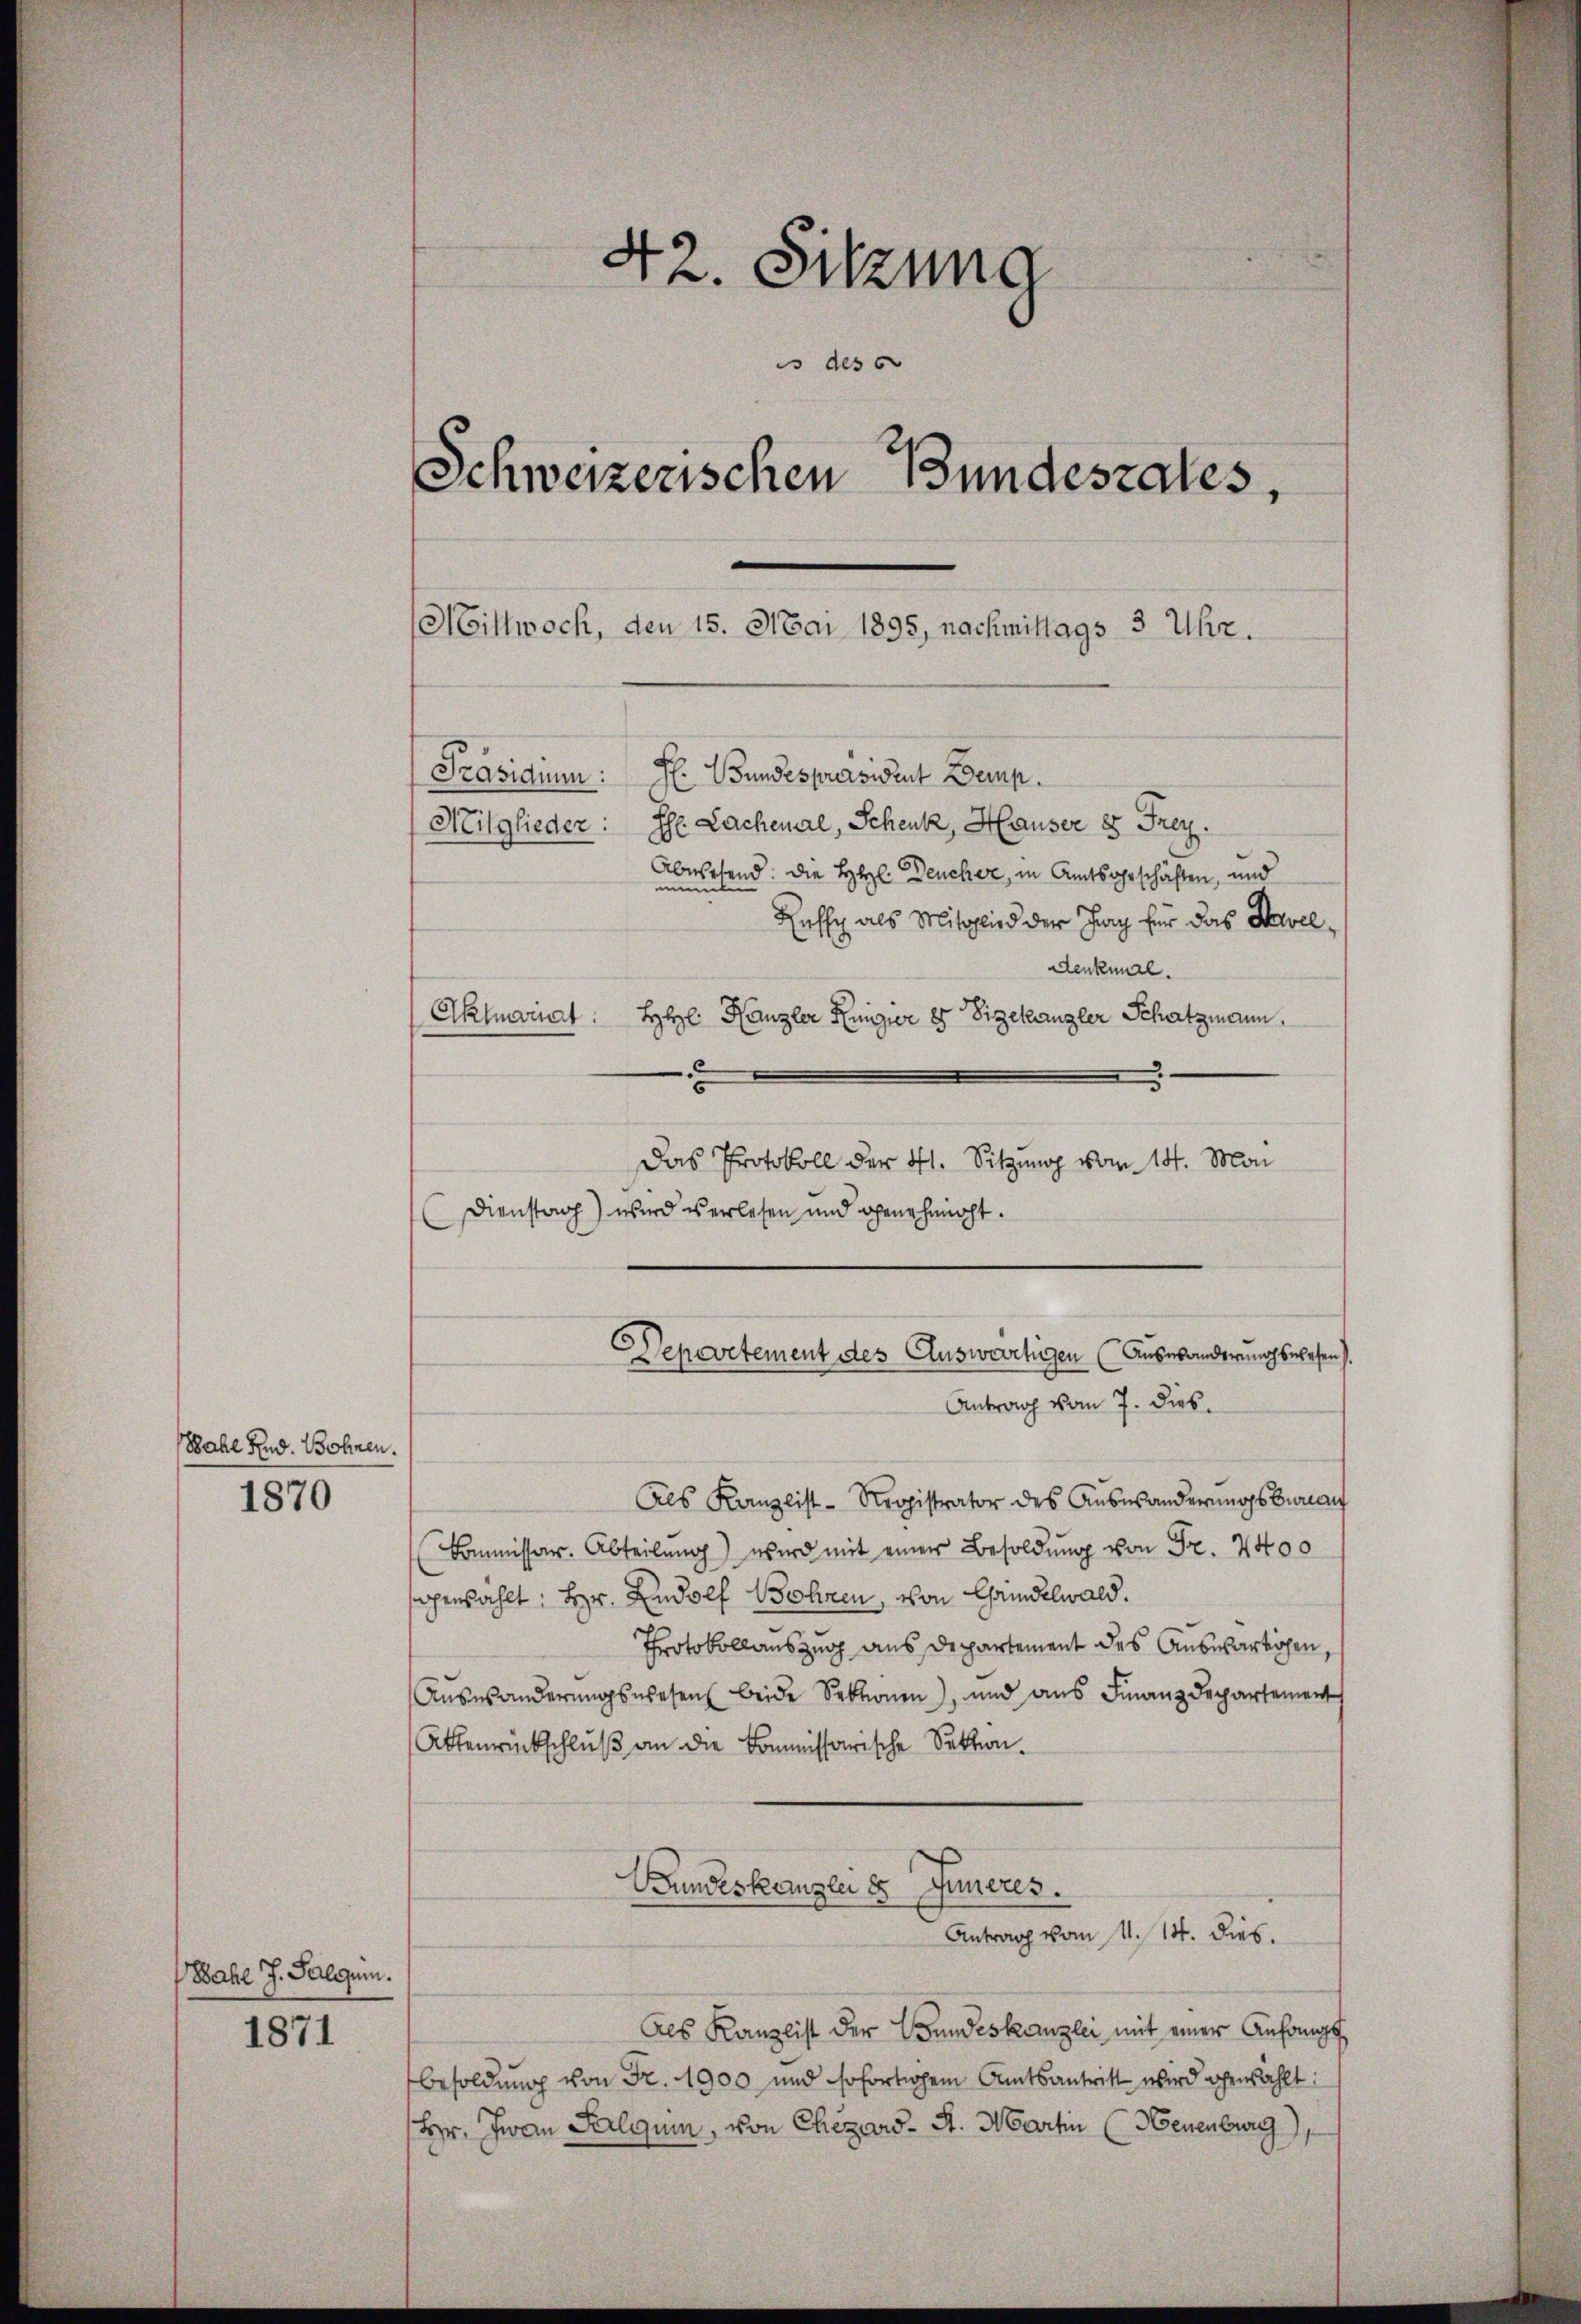
Bahl Rud. Bohnen.

1870

Bahl J. Salgum.

1871

42. Sitzung
Schweizerischen Bundesrates,
Mittwoch, den 15. Mai 1895, nachmittags 3 Uhr.
Präsidium: F. Bundespräsident emp
Mitglieder: Ehe Lachenal, Schenk, Hauser 8 Frey.
Abwesend: die Hel. Deuche, in Amtsgeschäften, und
Rufs als Mitglied der Tag für das Savel¬

Aktuariat

des

Denkmal.
HHl. Kanzler Regier 8 Sigekanzler Schatzmann,
c
Das Protokoll der 41. Sitzung vom 14. Mai
Dienstag) wird es erlesen und genehmigt.
Sepevetement des Auswärtigen (Auswanderungswesen).

Antrag vom 7. Dieb.

Als Kanzlist-Kropistrator des Aŭsesänderŭngsbenan
Kommissar. Abteilung) wird mit einer Besoldung von Fr. 2400
perzählt: Hr. Rudolf Bohren, von Grindelwald.
Protokollauszug aus Departement des Auswärtigen,
Aŭswänderŭngswesen beide Sektionen), und ans Finanzdepartement
Aktenrückschluß an die kommissarische Sektion.
Bundeskanzlei es Inneres.
Antrag vom 11. 14. dies
Als Kanzlist der Bundeskanzlei mit einer Anfangs
Besoldung von Fr. 1900 und sofortigem Amtsantritt wird gewählt:
Hr. Jwan Salqui, von Chezard. A. Martin (Neuenburg